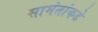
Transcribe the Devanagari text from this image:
सामंतांकडे